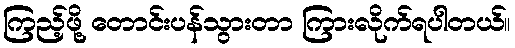
ကြည့်ဖို့ တောင်းပန်သွားတာ ကြားလိုက်ရပါတယ်။